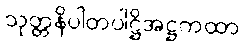
သုတ္တနိပါတပါဋ္ဌိအဋ္ဌကထာ